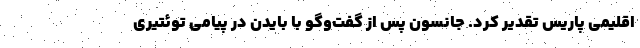
اقلیمی پاریس تقدیر کرد. جانسون پس از گفت‌وگو با بایدن در پیامی توئتیری